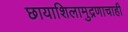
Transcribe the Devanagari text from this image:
छायाशिलामुद्रणाचाही